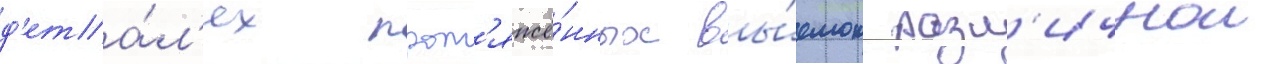
д'ета́л'ях прот'яжё́нных вы́емок разл'ичнои